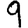
Digit: 9